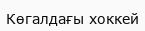
Көгалдағы хоккей